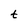
Character: t